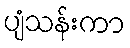
ပျံသန်းကာ